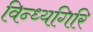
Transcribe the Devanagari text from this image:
विन्ध्यगिरि